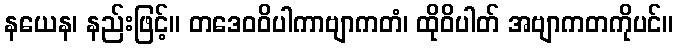
နယေန၊ နည်းဖြင့်။ တဒေဝဝိပါကာဗျာကတံ၊ ထိုဝိပါတ် အဗျာကတကိုပင်။